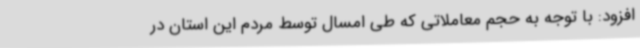
افزود: با توجه به حجم معاملاتی که طی امسال توسط مردم این استان در